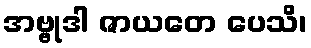
အဗ္ဗုဒါ ဇာယတေ ပေသိ၊